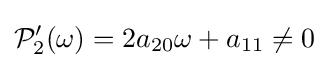
{\mathcal {P}}_{2}'(\omega )=2a_{20}\omega +a_{11}\neq 0